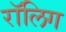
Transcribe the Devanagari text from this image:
रॉलिग